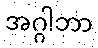
အဂ္ဂါဘာ